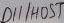
Text: D11